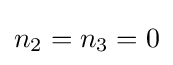
n_{2}=n_{3}=0